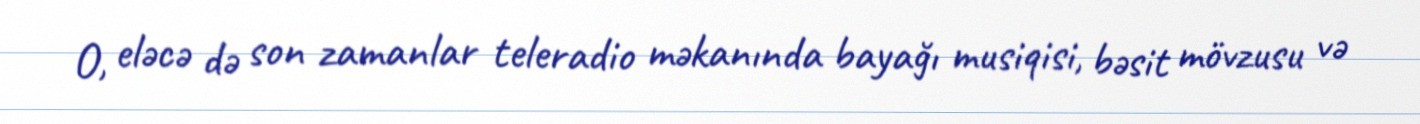
O, eləcə də son zamanlar teleradio məkanında bayağı musiqisi, bəsit mövzusu və